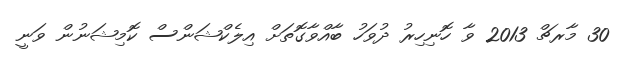
30 މާރޗް 2013 ވާ ހޮނިހިރު ދުވަހު ބާއްވާގޮތަށް އިލެކްޝަންސް ކޮމިޝަނުން ވަނީ